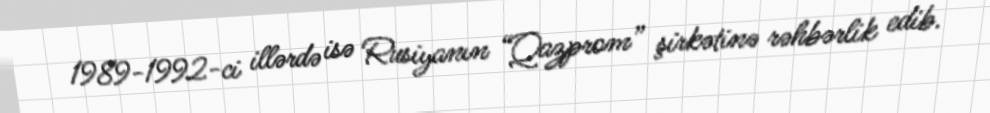
1989-1992-ci illərdə isə Rusiyanın “Qazprom” şirkətinə rəhbərlik edib.